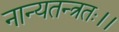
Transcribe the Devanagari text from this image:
नान्यतन्त्रतः।।